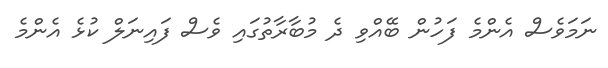
ނަމަވެސް އެންމެ ފަހުން ބޭއްވި ދެ މުބާރާތުގައި ވެސް ފައިނަލް ކުޅެ އެންމެ